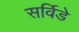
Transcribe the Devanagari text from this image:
सर्विडे